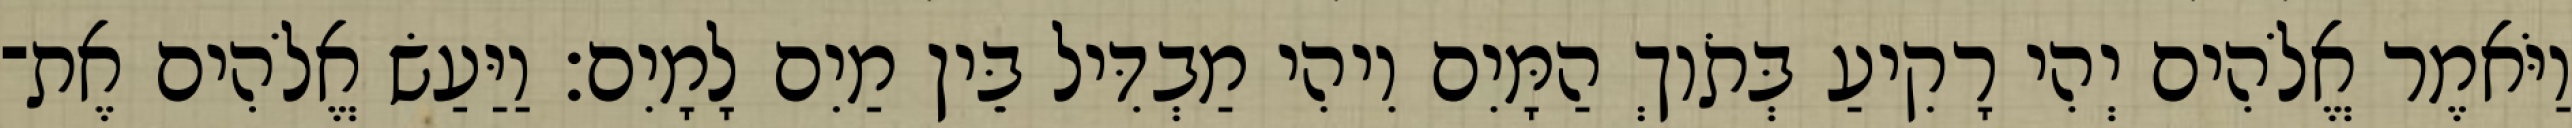
וַיֹּאמֶר אֱלֹהִים יְהִי רָקִיעַ בְּתֹוךְ הַמָּיִם וִיהִי מַבְדִּיל בֵּין מַיִם לָמָיִם׃ וַיַּעַשׂ אֱלֹהִים אֶת־